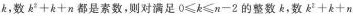
k，数$$k^{2}+k+n$$都是素数，则对满足$$0\leqslant k\leqslant n-2$$的整数k,数$$k^{2}+k+n$$